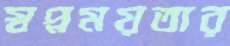
স্বপ্নময়তার